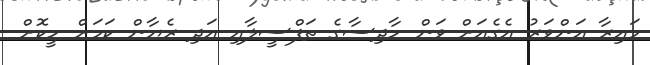
މައިރާ އަންވަރު އެގެއަށް ވަން ހާދިސާގެ ތަފްސީލާއި އަދި ރެޔާން ކަމަށް ހީކޮށް